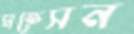
মহেসন